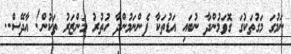
ނަމުގަ މަގުތަކުގަ ގޮވަމުންދާ ނުބައި އަޑުތަކާ ފެންނަމުންދާ ހުތުރު މަންޒަރު ތަކުން! އާދޭސް..